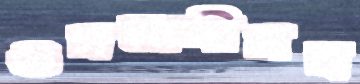
ওসমানীসহ